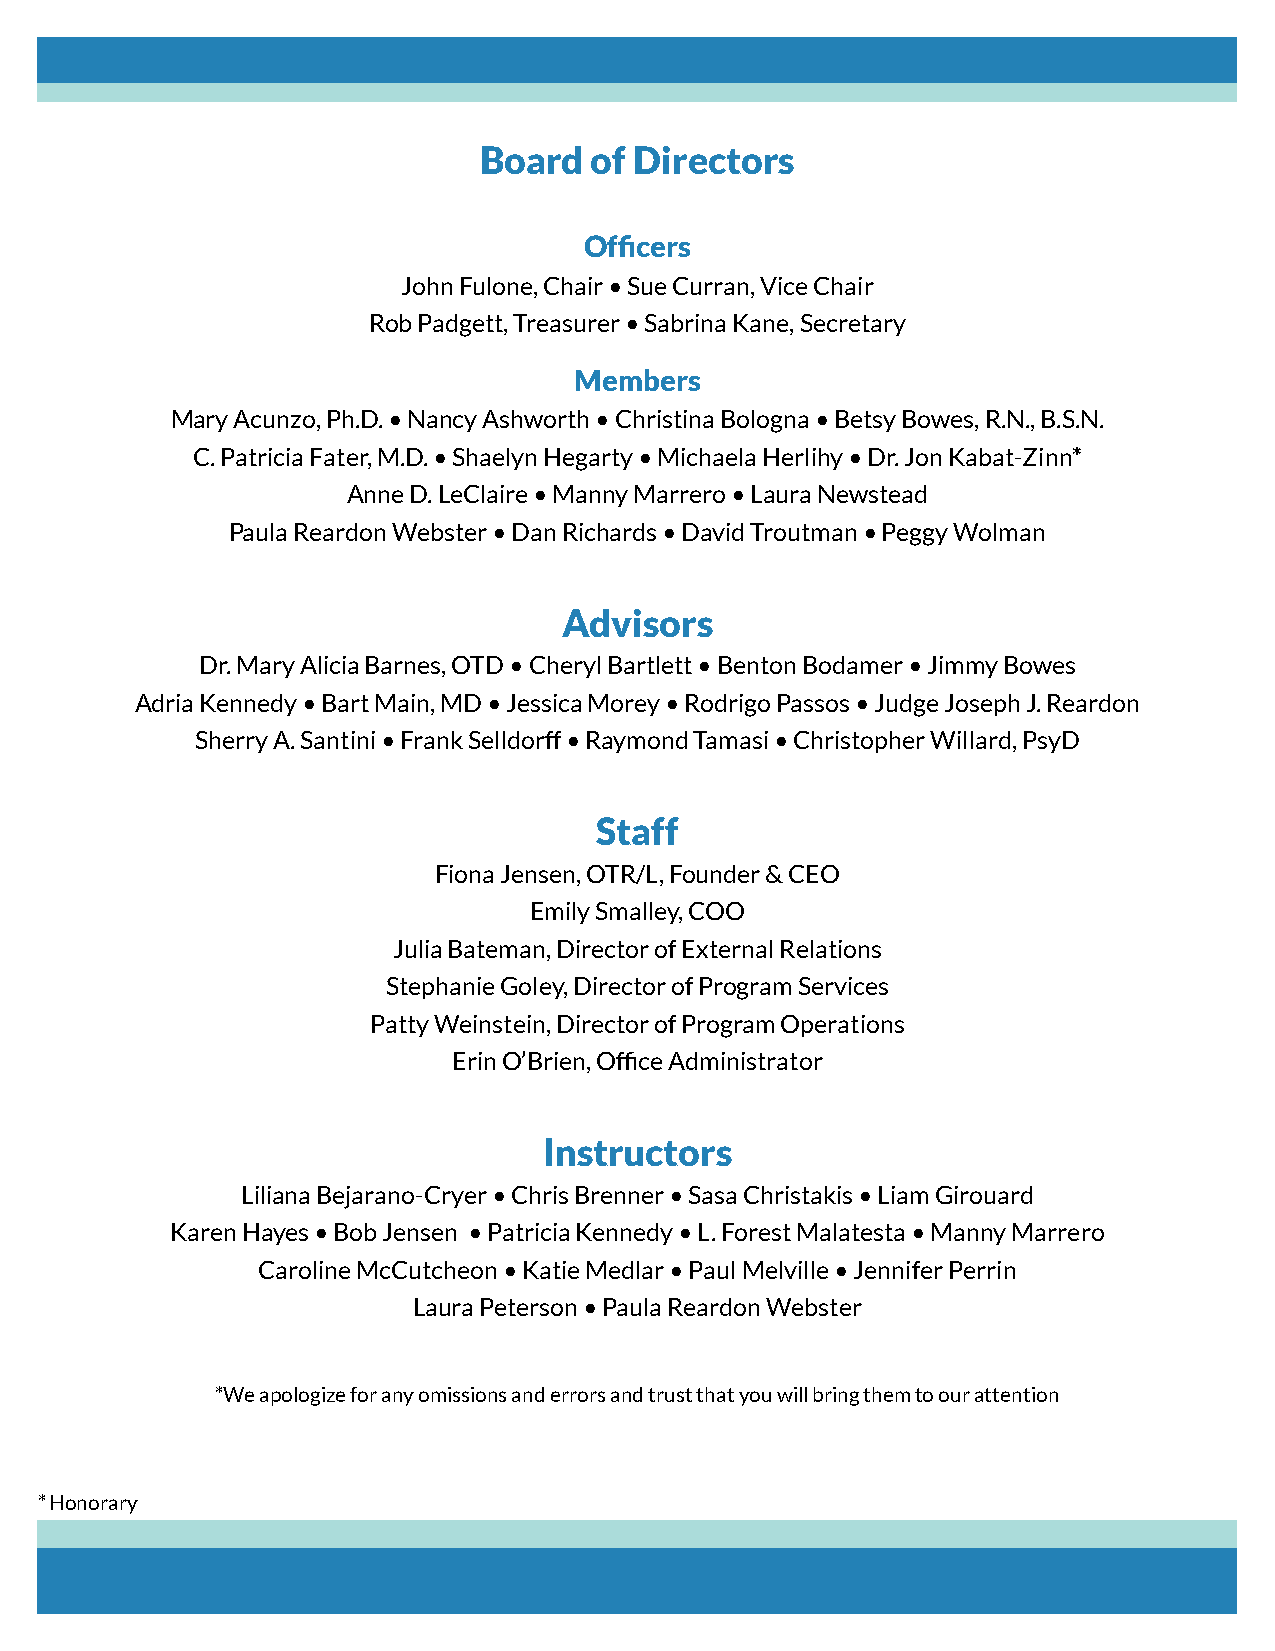
Board  of Directors
 Officers
 John Fulone, Chair • Sue Curran, Vice Chair
 Rob Padgett, Treasurer • Sabrina Kane, Secretary
 Members
 Mary Acunzo, Ph.D. • Nancy Ashworth • Christina Bologna • Betsy Bowes, R.N., B.S.N.
 C. Patricia Fater, M.D. • Shaelyn Hegarty • Michaela Herlihy • Dr. Jon Kabat-Zinn*
 Anne D. LeClaire • Manny Marrero • Laura Newstead
 Paula Reardon Webster • Dan Richards • David Troutman • Peggy Wolman
 Advisors
 Dr. Mary Alicia Barnes, OTD • Cheryl Bartlett • Benton Bodamer • Jimmy Bowes
 Adria Kennedy • Bart Main, MD • Jessica Morey • Rodrigo Passos • Judge Joseph J. Reardon
 Sherry A. Santini • Frank Selldorff • Raymond Tamasi • Christopher Willard, PsyD
 Staff
 Fiona Jensen, OTR/L, Founder & CEO
 Emily Smalley, COO
 Julia Bateman, Director of External Relations
 Stephanie Goley, Director of Program Services
 Patty Weinstein, Director of Program Operations
 Erin O’Brien, Office Administrator
 Instructors
 Liliana Bejarano-Cryer • Chris Brenner • Sasa Christakis • Liam Girouard
 Karen Hayes • Bob Jensen • Patricia Kennedy • L. Forest Malatesta • Manny Marrero
 Caroline McCutcheon • Katie Medlar • Paul Melville • Jennifer Perrin
 Laura Peterson • Paula Reardon Webster
 *We apologize for any omissions and errors and trust that you will bring them to our attention
 * Honorary